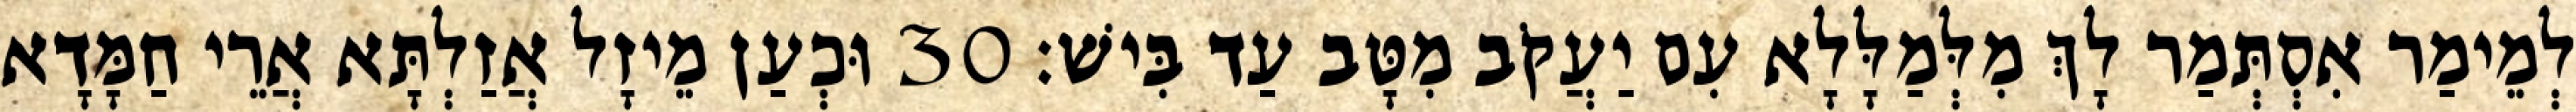
לְמֵימַר אִסְתְּמַר לָךְ מִלְּמַלָּלָא עִם יַעֲקֹב מִטָּב עַד בִּישׁ׃ 30 וּכְעַן מֵיזָל אֲזַלְתָּא אֲרֵי חַמָּדָא